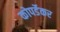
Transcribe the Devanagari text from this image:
कोपर्डेकर